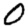
Digit: 0